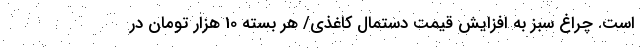
است. چراغ سبز به افزایش قیمت دستمال کاغذی/ هر بسته 10 هزار تومان در